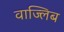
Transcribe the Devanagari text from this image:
वाज्लिब